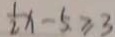
\frac { 1 } { 2 } x - 5 \geq 3